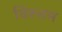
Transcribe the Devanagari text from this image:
विरुतम